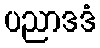
ပညာဒဒံ